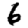
Digit: 6